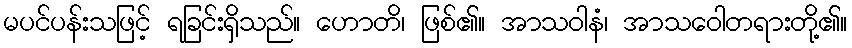
မပင်ပန်းသဖြင့် ရခြင်းရှိသည်။ ဟောတိ၊ ဖြစ်၏။ အာသဝါနံ၊ အာသဝေါတရားတို့၏။